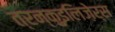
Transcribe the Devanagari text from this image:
त्रन्क़ुइलिज़ेर्स